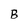
Character: B